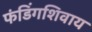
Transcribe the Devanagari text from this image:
फंडिंगशिवाय